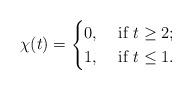
\begin{align*}\chi(t)=\begin{cases}0, & \mbox{ if \ensuremath{t\ge2};}\\1, & \mbox{ if \ensuremath{t\le1}.}\end{cases}\end{align*}